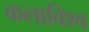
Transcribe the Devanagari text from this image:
कलाविश्व